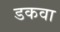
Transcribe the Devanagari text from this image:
डकवा